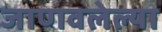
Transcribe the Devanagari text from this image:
जाणवलेल्या